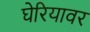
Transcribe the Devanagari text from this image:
घेरियावर